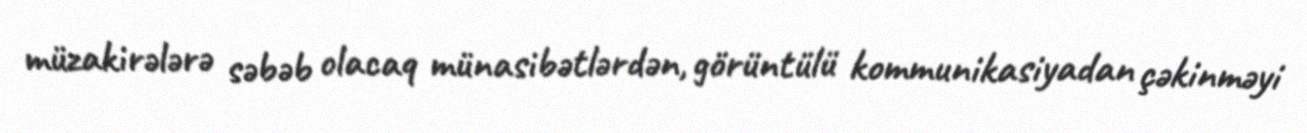
müzakirələrə səbəb olacaq münasibətlərdən, görüntülü kommunikasiyadan çəkinməyi